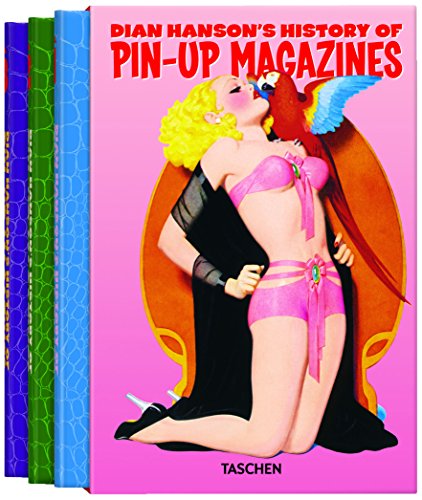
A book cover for Dian Hanson's History of Pin-up Magazines Vol. 1-3; Arts & Photography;